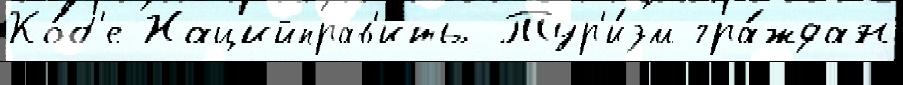
Ко́б'е Нацийправ'ить Тур'и́зм гра́ждан